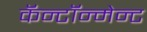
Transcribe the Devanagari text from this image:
कॅन्टॉन्मेन्ट